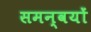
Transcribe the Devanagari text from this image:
समन्वयों